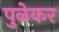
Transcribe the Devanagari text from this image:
पुळेकर